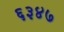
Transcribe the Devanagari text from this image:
६३४७